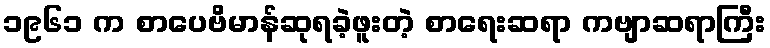
၁၉၆၁ က စာပေဗိမာန်ဆုရခဲ့ဖူးတဲ့ စာရေးဆရာ ကဗျာဆရာကြီး